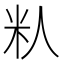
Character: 𬖌